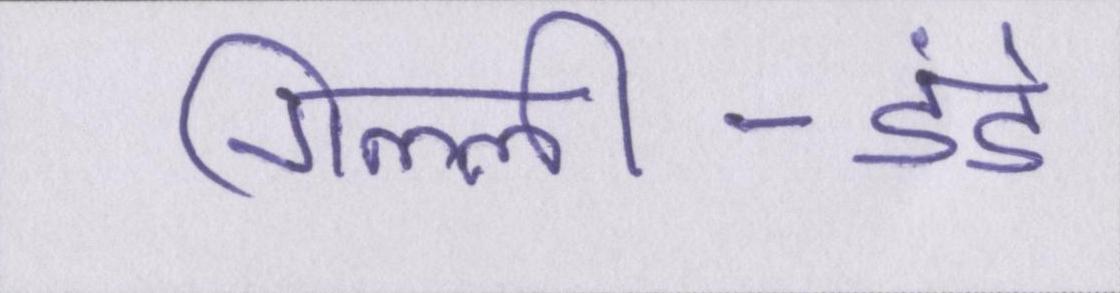
गिल्ली-डंडे